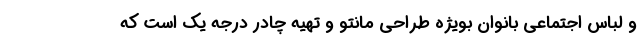
و لباس اجتماعی بانوان بویژه طراحی مانتو و تهیه چادر درجه یک است که